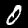
Label: 0